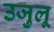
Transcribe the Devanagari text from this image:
उजुलू